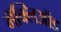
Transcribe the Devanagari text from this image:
मॅक्लिऑड